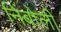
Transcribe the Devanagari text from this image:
निंबोली